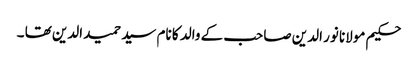
حکیم مولانا نور الدین صاحب کے والد کا نام سید حمید الدین تھا ۔